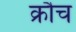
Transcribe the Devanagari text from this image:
क्रौँच